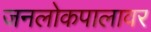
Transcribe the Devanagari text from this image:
जनलोकपालावर